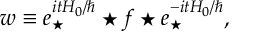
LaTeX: w \equiv e _ { \star } ^ { i t H _ { 0 } / \hbar } \star f \star e _ { \star } ^ { - i t H _ { 0 } / \hbar } ,